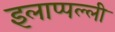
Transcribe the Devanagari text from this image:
इलाप्पल्ली